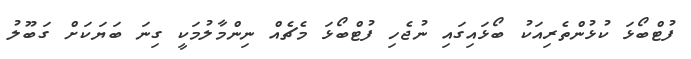
ފުޓްބޯޅަ ކުޅުންތެރިއަކު ބޯޅައިގައި ނުޖެހި ފުޓްބޯޅަ މެޗެއް ނިންމާލުމަކީ ގިނަ ބަޔަކަށް ގަބޫލު